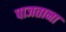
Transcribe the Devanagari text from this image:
पाजताना